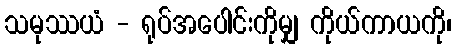
သမုဿယံ - ရုပ်အပေါင်းကိုမျှ ကိုယ်ကာယကို၊